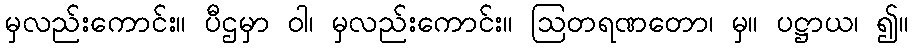
မှလည်းကောင်း။ ပီဌမှာ ဝါ၊ မှလည်းကောင်း။ ဩတရဏတော၊ မှ။ ပဋ္ဌာယ၊ ၍။